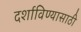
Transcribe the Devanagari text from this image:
दर्शाविण्यासाठी